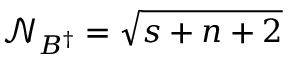
\mathcal { N } _ { B ^ { \dagger } } = \sqrt { s + n + 2 }